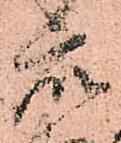
衆